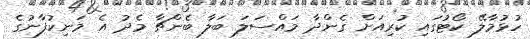
ހުޅުމާލޭ ކޯޓުގައި ކުރިއަށް ގެންދާ މައްސަލަ ބަލާ ބެންޗާ މެދު އެ މަނިކުފާނުގެ